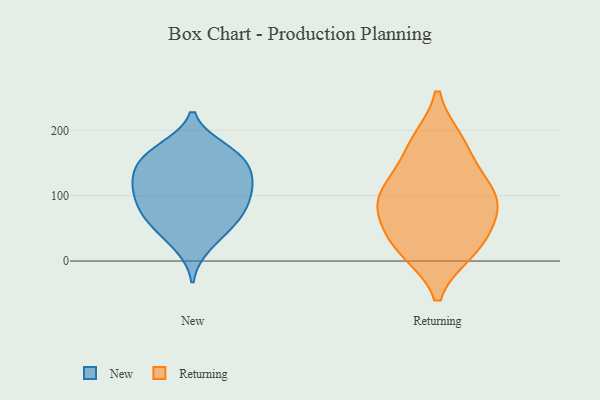
{"axis": {"x": "Customer Acquisition Cost (USD)", "y": "Value"}, "legend": ["New", "Returning"], "data": [{"x": "", "y": 81, "type": "New"}, {"x": "", "y": 88, "type": "New"}, {"x": "", "y": 125, "type": "New"}, {"x": "", "y": 126, "type": "New"}, {"x": "", "y": 23, "type": "New"}, {"x": "", "y": 172, "type": "New"}, {"x": "", "y": 47, "type": "New"}, {"x": "", "y": 126, "type": "New"}, {"x": "", "y": 156, "type": "New"}, {"x": "", "y": 134, "type": "New"}, {"x": "", "y": 166, "type": "New"}, {"x": "", "y": 64, "type": "New"}, {"x": "", "y": 96, "type": "New"}, {"x": "", "y": 164, "type": "New"}, {"x": "", "y": 100, "type": "New"}, {"x": "", "y": 58, "type": "New"}, {"x": "", "y": 19, "type": "Returning"}, {"x": "", "y": 93, "type": "Returning"}, {"x": "", "y": 179, "type": "Returning"}, {"x": "", "y": 80, "type": "Returning"}, {"x": "", "y": 183, "type": "Returning"}, {"x": "", "y": 16, "type": "Returning"}, {"x": "", "y": 64, "type": "Returning"}, {"x": "", "y": 28, "type": "Returning"}, {"x": "", "y": 91, "type": "Returning"}, {"x": "", "y": 115, "type": "Returning"}, {"x": "", "y": 128, "type": "Returning"}]}